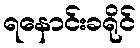
ရနောင်းခရိုင်